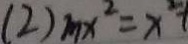
( 2 ) m x ^ { 2 } = x ^ { 2 } +